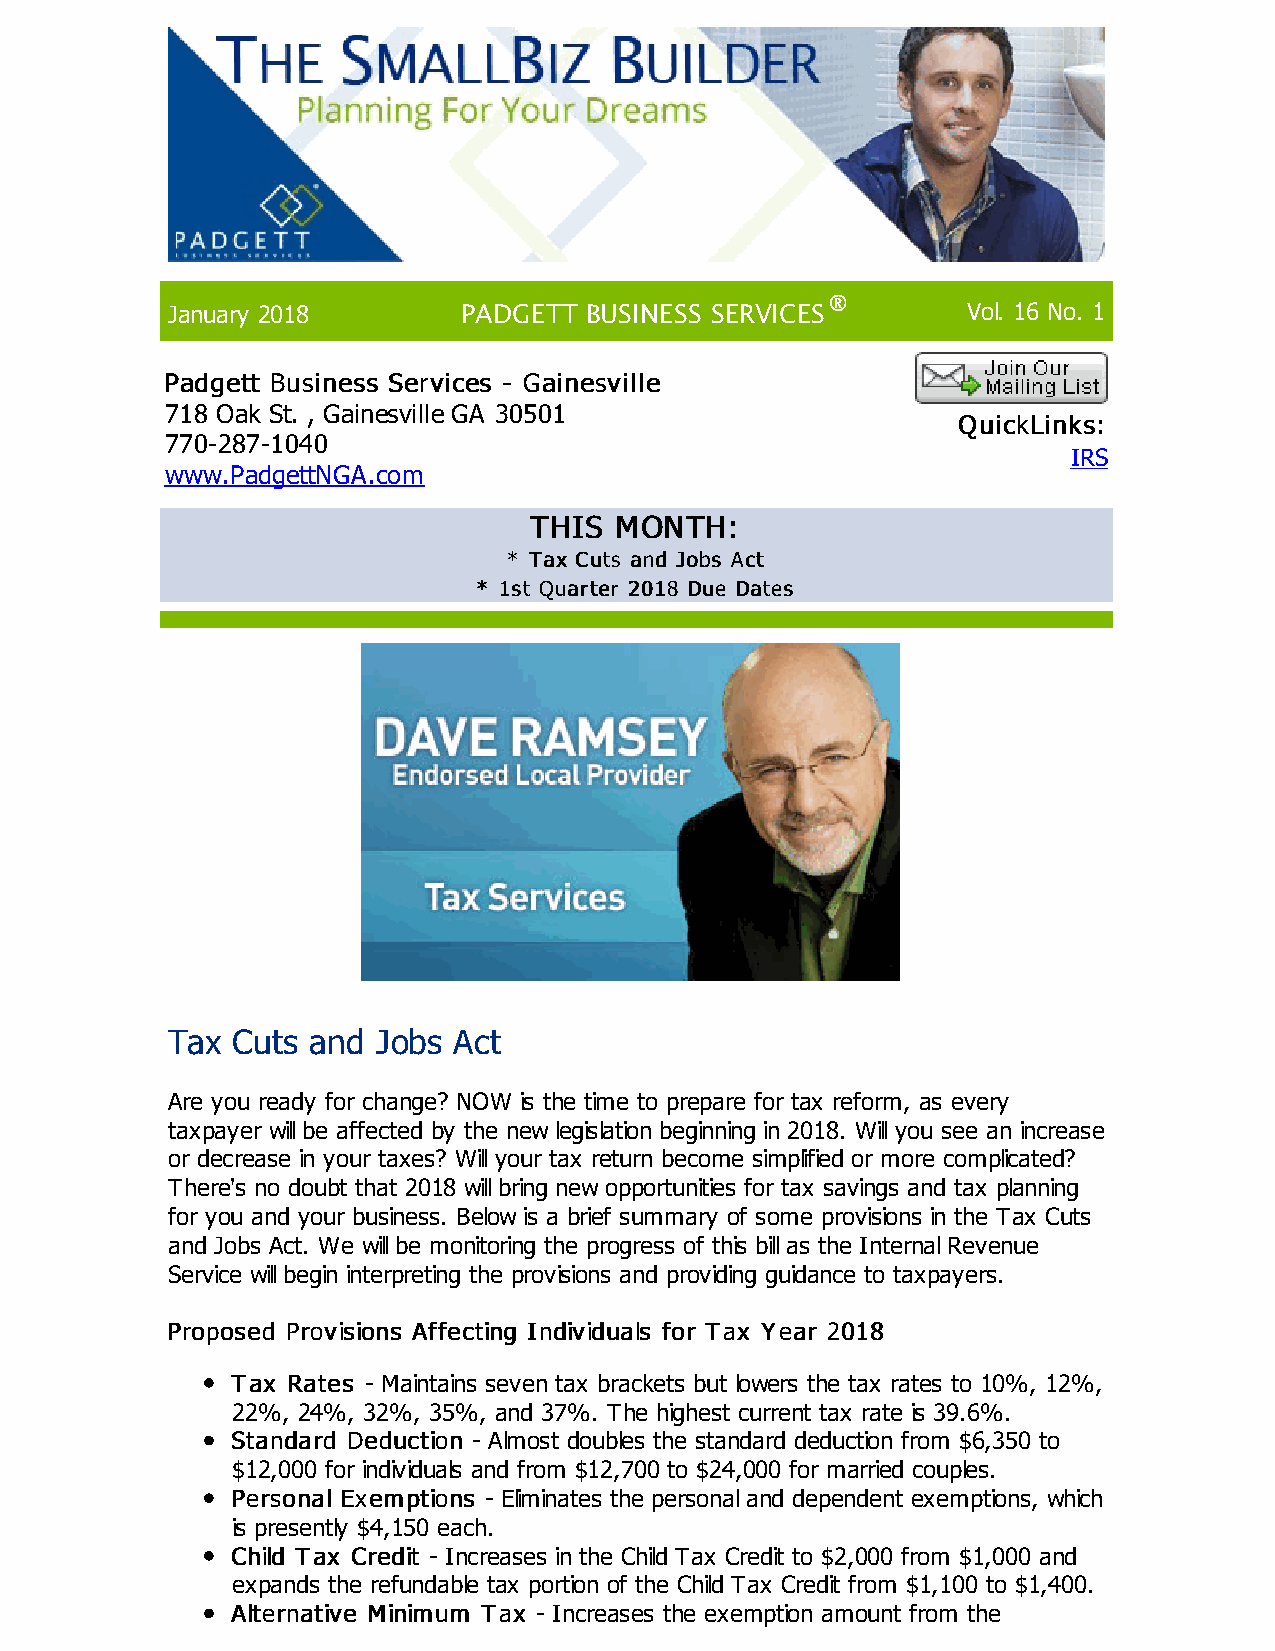
January 2018        PADGETT BUSINESS SERVICES®       Vol. 16 No. 1
 PPaaddggeetttt BBuussiinneessss SSeerrvviicceess -- GGaaiinneessvviillllee
 718 Oak St. , Gainesville GA 30501
 QQuuiicckkLLiinnkkss::
 770-287-1040
 IRS
 www.PadgettNGA.com
 TTHHIISS MMOONNTTHH::
 ** TTaaxx CCuuttss aanndd JJoobbss AAcctt
 ** 11sstt QQuuaarrtteerr 22001188 DDuuee DDaatteess
 Tax Cuts and  Jobs Act
 Are you ready for change? NOW is the time to prepare for tax reform, as every
 taxpayer will be affected by the new legislation beginning in 2018. Will you see an increase
 or decrease in your taxes? Will your tax return become simplified or more complicated?
 There's no doubt that 2018 will bring new opportunities for tax savings and tax planning
 for you and your business. Below is a brief summary of some provisions in the Tax Cuts
 and Jobs Act. We will be monitoring the progress of this bill as the Internal Revenue
 Service will begin interpreting the provisions and providing guidance to taxpayers.
 PPrrooppoosseedd PPrroovviissiioonnss AAffffeeccttiinngg IInnddiivviidduuaallss ffoorr TTaaxx YYeeaarr 22001188
 TTaaxx RRaatteess - Maintains seven tax brackets but lowers the tax rates to 10%, 12%,
 22%, 24%, 32%, 35%, and 37%. The highest current tax rate is 39.6%.
 SSttaannddaarrdd DDeedduuccttiioonn - Almost doubles the standard deduction from $6,350 to
 $12,000 for individuals and from $12,700 to $24,000 for married couples.
 PPeerrssoonnaall EExxeemmppttiioonnss - Eliminates the personal and dependent exemptions, which
 is presently $4,150 each.
 CChhiilldd TTaaxx CCrreeddiitt - Increases in the Child Tax Credit to $2,000 from $1,000 and
 expands the refundable tax portion of the Child Tax Credit from $1,100 to $1,400.
 AAlltteerrnnaattiivvee MMiinniimmuumm TTaaxx - Increases the exemption amount from the